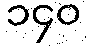
၁၄၀